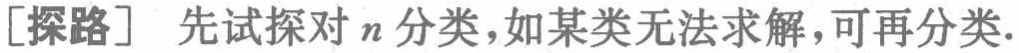
[探路] 先试探对 \(n\) 分类，如某类无法求解，可再分类.